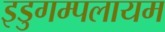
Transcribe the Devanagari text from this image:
इडुगम्पलायम